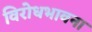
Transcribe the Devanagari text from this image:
विरोधभावना